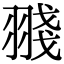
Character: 䎒